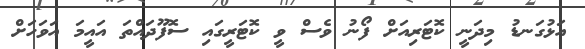
އަޅުގަނޑު މިދަނީ ކޮޓަރިއަށް ފޯނު ވެސް ވީ ކޮޓަރީގައި ސޮފޫދައްތަ އައީމަ އަވަހަށް